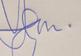
Signature authenticity: genuine